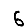
Digit: 6